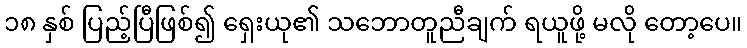
၁၈ နှစ် ပြည့်ပြီဖြစ်၍ ရှေးယု၏ သဘောတူညီချက် ရယူဖို့ မလို တော့ပေ။